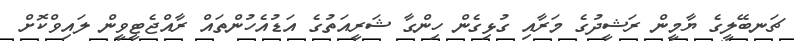
ޗަނބޭލީގެ ޔާމީން ރަޝީދުގެ މަރާއި ގުޅިގެން ހިންގާ ޝަރީއަތުގެ އަޑުއެހުންތައް ރާއްޖެޓީވީން ލައިވްކޮށް